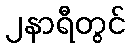
၂နာရီတွင်